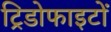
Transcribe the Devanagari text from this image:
ट्रिडोफाइटों